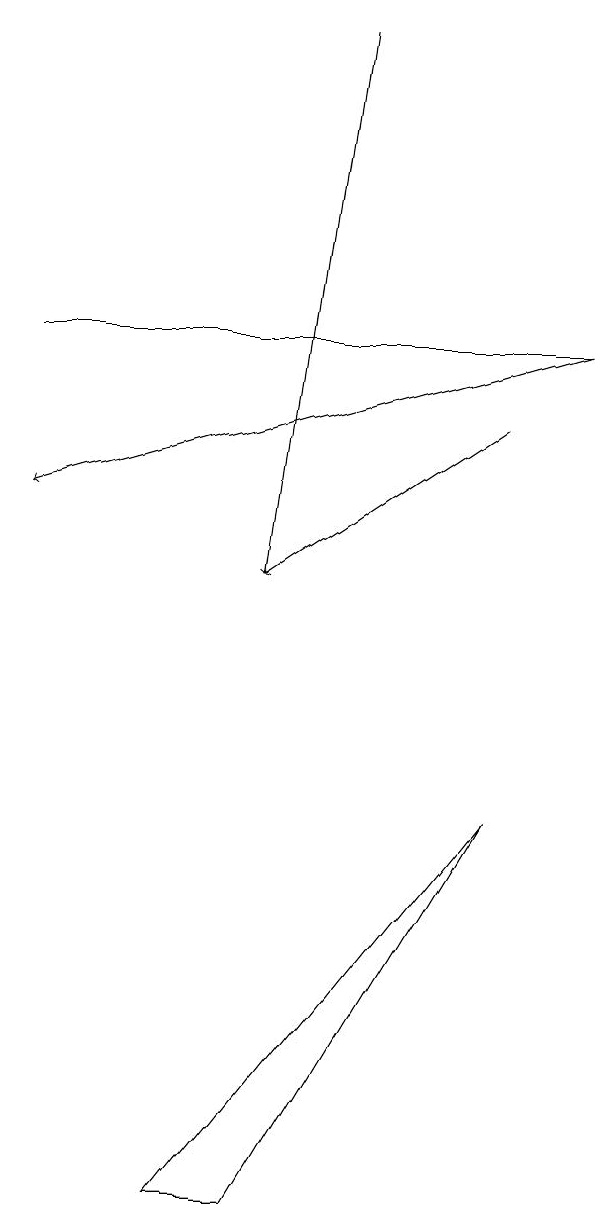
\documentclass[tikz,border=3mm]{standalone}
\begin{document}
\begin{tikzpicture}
\draw (6,9) -- (3,4) -- (2,4) -- cycle;
\draw[->] (6,14) -- (3,12);
\draw (7,15) rectangle (0,15);
\draw[->] (4,19) -- (3,12);
\draw[->] (7,15) -- (0,13);
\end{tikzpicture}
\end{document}